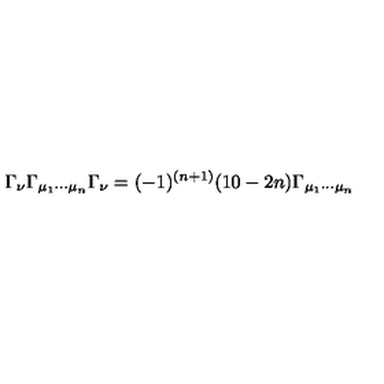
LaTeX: \Gamma _ { \nu } \Gamma _ { \mu _ { 1 } \cdots \mu _ { n } } \Gamma _ { \nu } = ( - 1 ) ^ { ( n + 1 ) } ( 1 0 - 2 n ) \Gamma _ { \mu _ { 1 } \cdots \mu _ { n } }